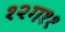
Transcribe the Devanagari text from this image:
१२ग११